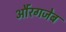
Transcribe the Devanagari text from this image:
औंरगजेब